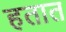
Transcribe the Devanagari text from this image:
हतात